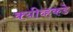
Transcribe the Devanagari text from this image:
क्यीव्हकडे